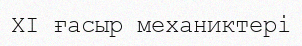
XI ғасыр механиктері